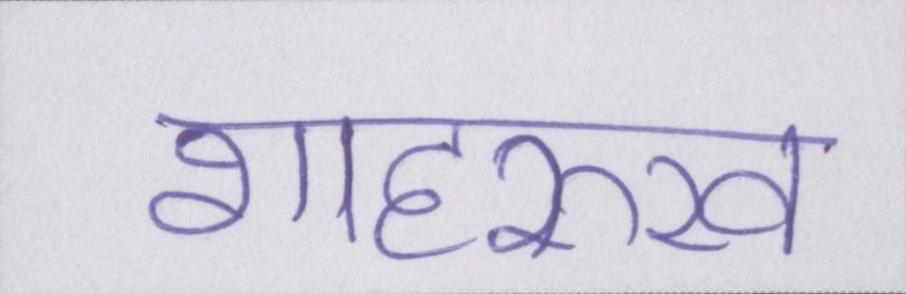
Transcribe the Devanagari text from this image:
शाहरुख